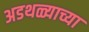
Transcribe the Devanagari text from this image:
अडथळ्याच्या